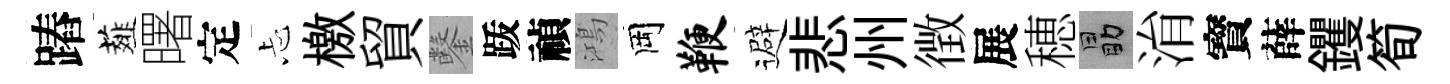
蹖薤曙定忐檄貿鑿䟦禎鴻岡鞭避悲州徴展穂勗㳙寳薛钁筍